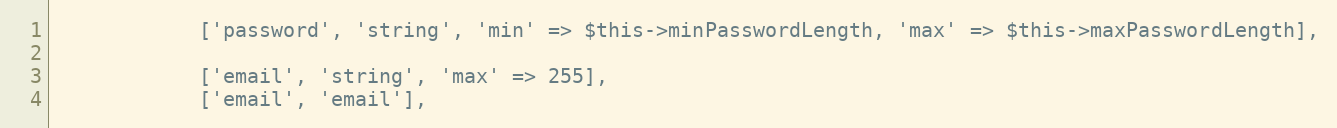
Language: PHP
            ['password', 'string', 'min' => $this->minPasswordLength, 'max' => $this->maxPasswordLength],

            ['email', 'string', 'max' => 255],
            ['email', 'email'],